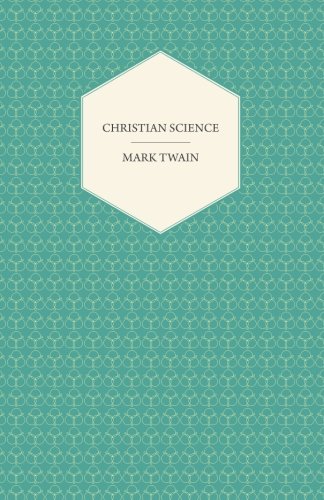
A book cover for Christian Science; Mark Twain; Christian Books & Bibles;